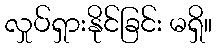
လှုပ်ရှားနိုင်ခြင်း မရှိ။